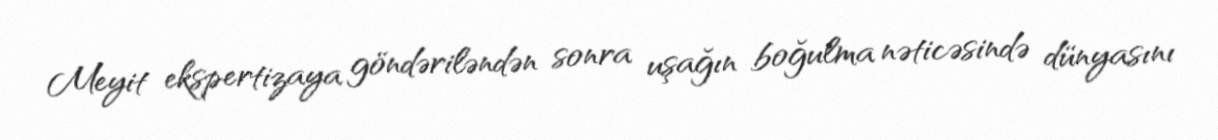
Meyit ekspertizaya göndəriləndən sonra uşağın boğulma nəticəsində dünyasını